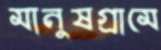
মানুষগ্রামে